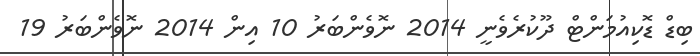
ބިޑް ޑޮކިއުމަންޓް ދޫކުރެވެނީ 2014 ނޮވެންބަރު 10 އިން 2014 ނޮވެންބަރު 19